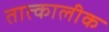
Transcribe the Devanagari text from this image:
तात्‍कालीक